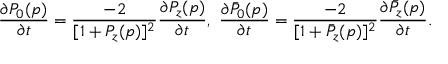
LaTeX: { \frac { \partial P _ { 0 } ( p ) } { \partial t } } = { \frac { - 2 } { [ 1 + P _ { z } ( p ) ] ^ { 2 } } } { \frac { \partial P _ { z } ( p ) } { \partial t } } , \ { \frac { \partial \bar { P } _ { 0 } ( p ) } { \partial t } } = { \frac { - 2 } { [ 1 + \bar { P } _ { z } ( p ) ] ^ { 2 } } } { \frac { \partial \bar { P } _ { z } ( p ) } { \partial t } } .